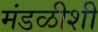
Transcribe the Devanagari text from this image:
मंडळीशी